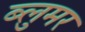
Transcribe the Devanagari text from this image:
ब्लुमर